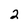
Character: 2